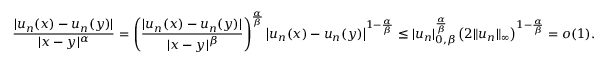
{ \frac { | u _ { n } ( x ) - u _ { n } ( y ) | } { | x - y | ^ { \alpha } } } = \left( { \frac { | u _ { n } ( x ) - u _ { n } ( y ) | } { | x - y | ^ { \beta } } } \right) ^ { \frac { \alpha } { \beta } } \left| u _ { n } ( x ) - u _ { n } ( y ) \right| ^ { 1 - { \frac { \alpha } { \beta } } } \leq | u _ { n } | _ { 0 , \beta } ^ { \frac { \alpha } { \beta } } \left( 2 \| u _ { n } \| _ { \infty } \right) ^ { 1 - { \frac { \alpha } { \beta } } } = o ( 1 ) .